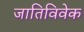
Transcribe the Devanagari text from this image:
जातिविवेक